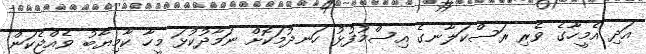
އަދި އެމީހާގެ ވެރި ރަސްކަލާނގެ އިސްމުފުޅު ހަނދުމަކޮށް ނަމާދުކުޅަ މީހާ ކާމިޔާބު ވެއްޖެކަން